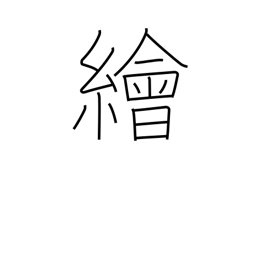
Meaning: painting